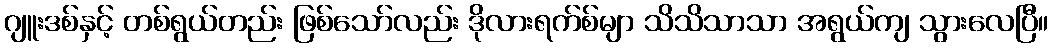
ဂျူးဒစ်နှင့် တစ်ရွယ်တည်း ဖြစ်သော်လည်း ဒိုလားရက်စ်မျာ သိသိသာသာ အရွယ်ကျ သွားလေပြီ။